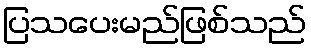
ပြသပေးမည်ဖြစ်သည်